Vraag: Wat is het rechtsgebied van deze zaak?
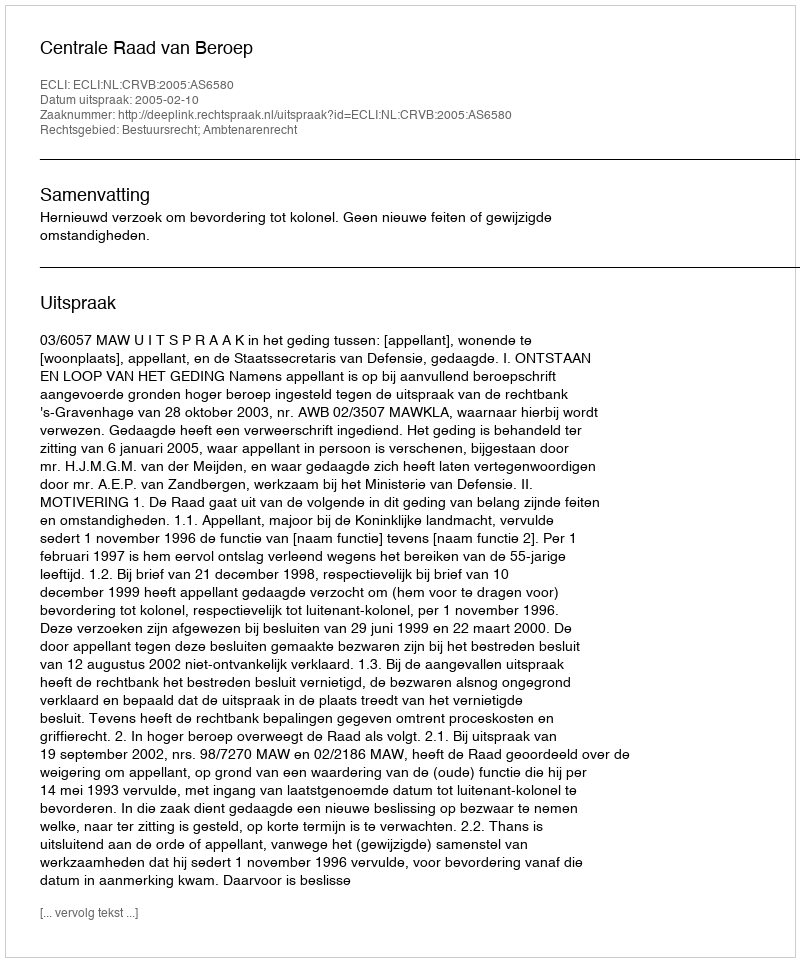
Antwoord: Bestuursrecht; Ambtenarenrecht